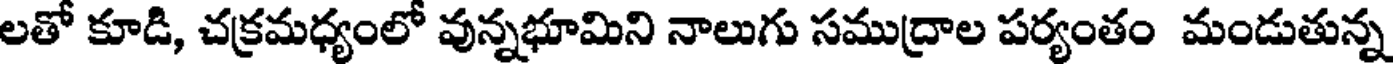
లతో కూడి, చక్రమధ్యంలో వున్నభూమిని నాలుగు సముద్రాల పర్యంతం మండుతున్న